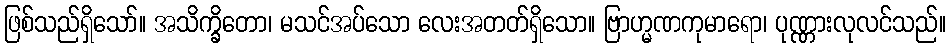
ဖြစ်သည်ရှိသော်။ အသိက္ခိတော၊ မသင်အပ်သော လေးအတတ်ရှိသော။ ဗြာဟ္မဏကုမာရော၊ ပုဏ္ဏားလုလင်သည်။